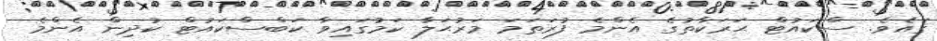
ގައެވެ. ސްކައުޓް ޙަރަކާތުގެ އެންމެ ފުރަތަމަ މަރުޙަލާ ކަމުގައިވާ ކަބްސްކައުޓް ކުދިން އެންމެ